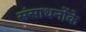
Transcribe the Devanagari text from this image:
संसाधनोंके